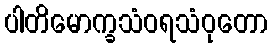
ပါတိမောက္ခသံဝရသံဝုတော